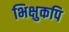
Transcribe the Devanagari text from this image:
भिक्षुकपि